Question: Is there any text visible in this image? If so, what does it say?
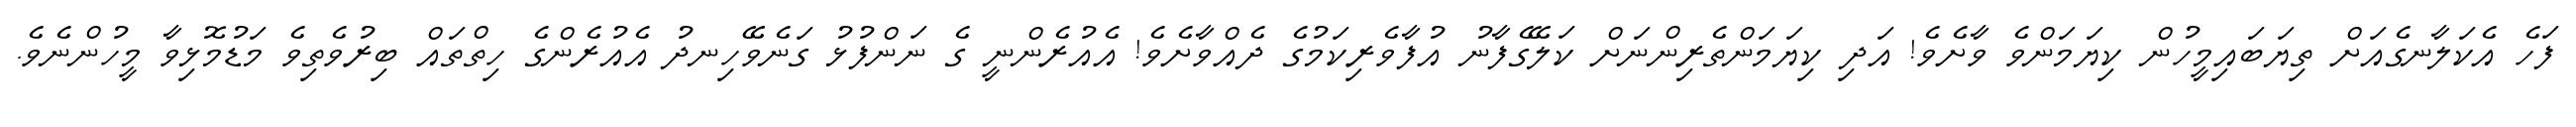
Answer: ފަހެ އެކަލާނގެއަށް ތިޔަބައިމީހުން ކިޔަމަންވެ ވާށެވެ! އަދި ކިޔަމަންތެރިންނަށް ކަލޭގެފާނު އުފާވެރިކަމުގެ ދެއްވާށެވެ! އެއުރެންނީ ގެ ނަންފުޅު ގަނެވޭހިނދު އެއުރެންގެ ހިތްތައް ބިރުވެތިވެ މަޑުމޮޅިވާ މީހުންނެވެ.